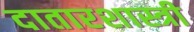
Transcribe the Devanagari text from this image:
दातारशास्त्री